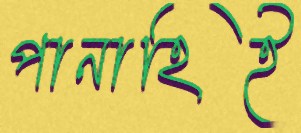
পানাহিই